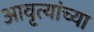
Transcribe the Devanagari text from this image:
आवृत्यांच्या